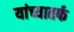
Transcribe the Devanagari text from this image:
यांच्यातर्फ